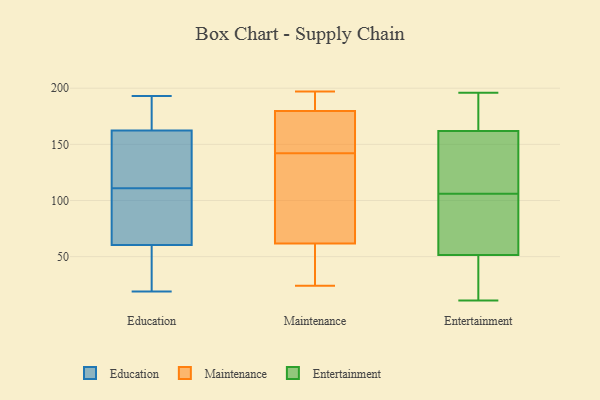
{"axis": {"x": "Satisfaction Score", "y": "Value"}, "legend": ["Education", "Entertainment", "Maintenance"], "data": [{"x": "", "y": 183, "type": "Education"}, {"x": "", "y": 55, "type": "Education"}, {"x": "", "y": 193, "type": "Education"}, {"x": "", "y": 157, "type": "Education"}, {"x": "", "y": 111, "type": "Education"}, {"x": "", "y": 109, "type": "Education"}, {"x": "", "y": 164, "type": "Education"}, {"x": "", "y": 38, "type": "Education"}, {"x": "", "y": 126, "type": "Education"}, {"x": "", "y": 19, "type": "Education"}, {"x": "", "y": 76, "type": "Education"}, {"x": "", "y": 97, "type": "Maintenance"}, {"x": "", "y": 142, "type": "Maintenance"}, {"x": "", "y": 50, "type": "Maintenance"}, {"x": "", "y": 24, "type": "Maintenance"}, {"x": "", "y": 45, "type": "Maintenance"}, {"x": "", "y": 170, "type": "Maintenance"}, {"x": "", "y": 100, "type": "Maintenance"}, {"x": "", "y": 197, "type": "Maintenance"}, {"x": "", "y": 164, "type": "Maintenance"}, {"x": "", "y": 185, "type": "Maintenance"}, {"x": "", "y": 183, "type": "Maintenance"}, {"x": "", "y": 106, "type": "Entertainment"}, {"x": "", "y": 107, "type": "Entertainment"}, {"x": "", "y": 35, "type": "Entertainment"}, {"x": "", "y": 49, "type": "Entertainment"}, {"x": "", "y": 162, "type": "Entertainment"}, {"x": "", "y": 11, "type": "Entertainment"}, {"x": "", "y": 196, "type": "Entertainment"}, {"x": "", "y": 66, "type": "Entertainment"}, {"x": "", "y": 154, "type": "Entertainment"}, {"x": "", "y": 80, "type": "Entertainment"}, {"x": "", "y": 106, "type": "Entertainment"}, {"x": "", "y": 59, "type": "Entertainment"}, {"x": "", "y": 162, "type": "Entertainment"}, {"x": "", "y": 173, "type": "Entertainment"}, {"x": "", "y": 165, "type": "Entertainment"}, {"x": "", "y": 155, "type": "Entertainment"}, {"x": "", "y": 32, "type": "Entertainment"}, {"x": "", "y": 188, "type": "Entertainment"}, {"x": "", "y": 22, "type": "Entertainment"}]}